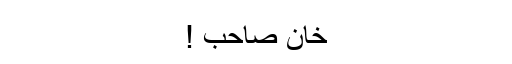
خان صاحب !